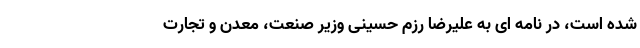
شده است،‌ در نامه ای به علیرضا رزم حسینی وزیر صنعت،‌ معدن و تجارت